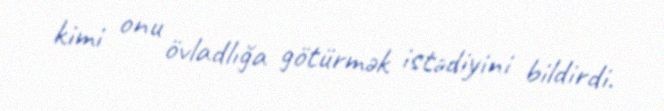
kimi onu övladlığa götürmək istədiyini bildirdi.